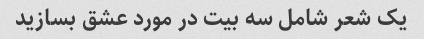
یک شعر شامل سه بیت در مورد عشق بسازید